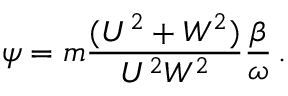
\psi = m \frac { ( U ^ { 2 } + W ^ { 2 } ) } { U ^ { 2 } W ^ { 2 } } \frac { \beta } { \omega } \, .